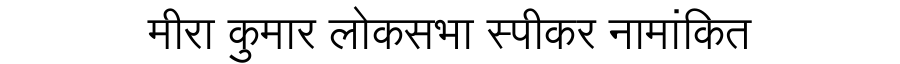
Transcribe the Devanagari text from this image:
मीरा कुमार लोकसभा स्पीकर नामांकित